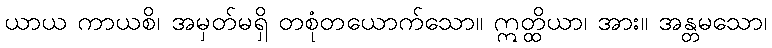
ယာယ ကာယစိ၊ အမှတ်မရှိ တစုံတယောက်သော။ ဣတ္ထိယာ၊ အား။ အန္တမသော၊